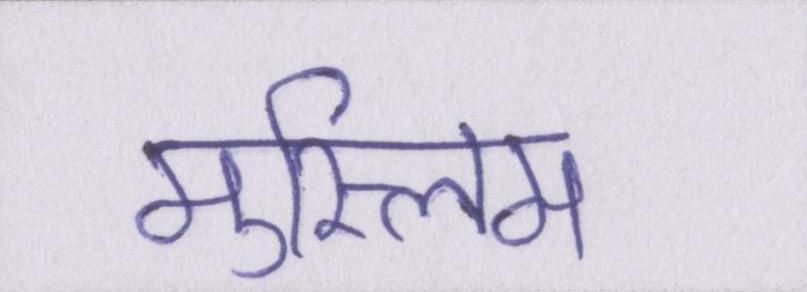
मुस्लिम